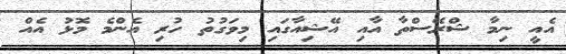
އެއީ ނިމާ ޝްރޭސްތާ އާއި އޭޝިއާގައި މިވަގުތު ހުރި އެންމެ މޮޅު އެއް